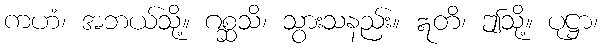
ကဟံ၊ အဘယ်သို့။ ဂစ္ဆသိ၊ သွားသနည်း။ ဣတိ၊ ဤသို့။ ပုဋ္ဌာ၊